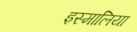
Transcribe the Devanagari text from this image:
इस्मालिया